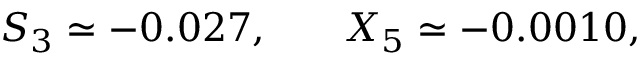
\begin{array} { r l r } { S _ { 3 } \simeq - 0 . 0 2 7 , } & { { } } & { X _ { 5 } \simeq - 0 . 0 0 1 0 , } \end{array}